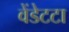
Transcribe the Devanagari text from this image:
वेंडेटटा